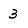
Character: 3